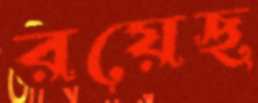
রয়েছ